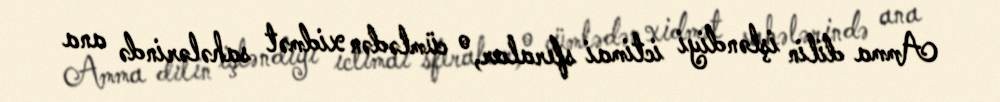
Amma dilin işləndiyi ictimai sferalar, o cümlədən xidmət sahələrində ana